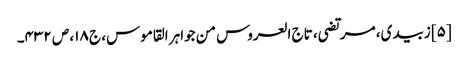
[۵] زبیدی، مرتضی، تاج العروس من جواہر القاموس، ج ۱۸، ص ۴۳۲۔